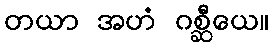
တယာ အဟံ ဂစ္ဆီယေ။